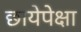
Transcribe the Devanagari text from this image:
छायेपेक्षा